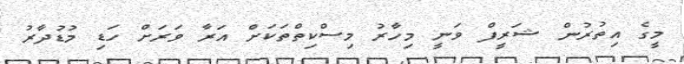
މީގެ އިތުރުން ޝަރީފް ވަނީ މިހާރު މިސްކިތްތަކަށް އަރާ ވަރަށް ހަޑި މުޑުދާރު